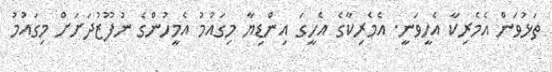
ތަޅުވަން އެމެރިކާ އެހީވަނީ. އެމެރިކާގެ އެހީގަ އިންޑިޔާ މިގައުމު އެމީހުންގެ ނުފޫޒުދަށަށް މިގައުމު